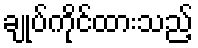
ချုပ်ကိုင်ထားသည့်